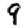
Digit: 9